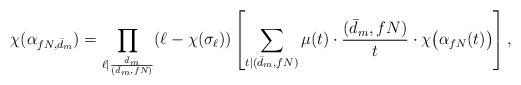
LaTeX: \begin{align*} \chi( \alpha_{fN,\bar{d}_m}) = \prod_{\ell \mid \frac{\bar{d}_m}{(\bar{d}_m, fN)}} (\ell - \chi(\sigma_{\ell})) \left[ \sum_{t \mid (\bar{d}_m,fN)} \mu(t) \cdot \frac{(\bar{d}_m,fN)}{t} \cdot \chi\big( \alpha_{fN}(t) \big) \right] ,\end{align*}